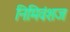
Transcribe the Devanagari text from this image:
निमिवंशज